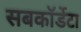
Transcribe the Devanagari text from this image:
सबकॉर्डेटा